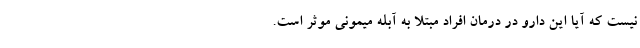
نیست که آیا این دارو در درمان افراد مبتلا به آبله میمونی موثر است.